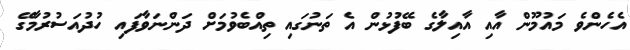
އެހެންވެ މައުމޫން އާއި އާއިލާގެ ބޭފުޅުން އެ ތަނުގައި ތިއްބެވުމަށް ދަންނަވާފައި ހުދުއަސުރުމާގޭ